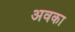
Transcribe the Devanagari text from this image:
अवका